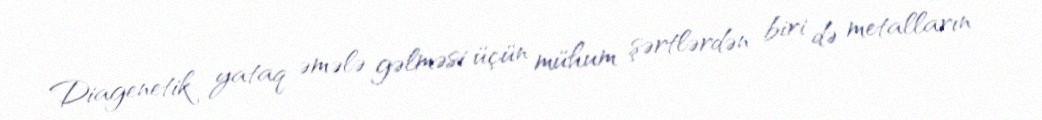
Diagenetik yataq əmələ gəlməsi üçün mühum şərtlərdən biri də metalların